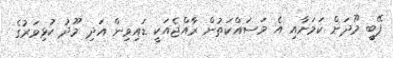
ފޭބީ މޫދަށް ކަމަށާއި އެ މަސައްކަތުން ރާއްޖެއަކީ ޑައިވިން އަދި މޫދު ކުޅިވަރުގެ